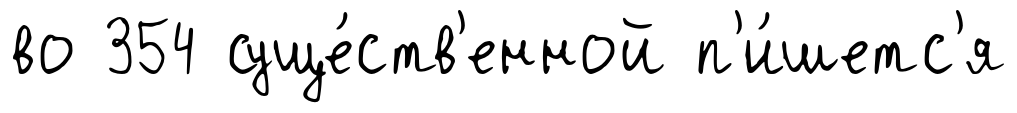
во 354 суще́ств'енной п'и́шетс'я